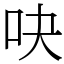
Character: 吷